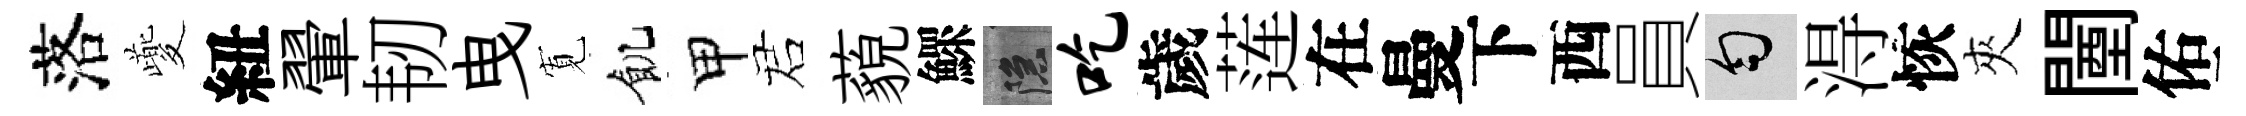
落夔紐翬韧曳𡩖飢甲诺藐鰥隱吃歲莲在曼下西員匀淂恢夾闉佑